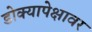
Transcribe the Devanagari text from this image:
डोक्यापेक्षावर